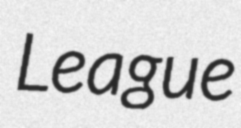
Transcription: League